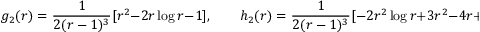
g _ { 2 } ( r ) = \frac { 1 } { 2 ( r - 1 ) ^ { 3 } } [ r ^ { 2 } - 2 r \log r - 1 ] , \qquad h _ { 2 } ( r ) = \frac { 1 } { 2 ( r - 1 ) ^ { 3 } } [ - 2 r ^ { 2 } \log r + 3 r ^ { 2 } - 4 r + 1 ] .